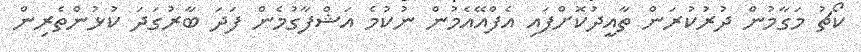
ކޯޗު މަގާމުން ދުރުކުރަން ތާއީދުކޮށްފައި އެފްއޭއެމުން ނުކުމެ އަޝްފާގުމެން ފަދަ ބާރުގަދަ ކުޅުންތެރިން